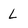
Character: L